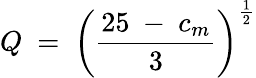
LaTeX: Q~=~\left({\frac{25~-~c_{m}}{3}}\right)^{\frac 12}